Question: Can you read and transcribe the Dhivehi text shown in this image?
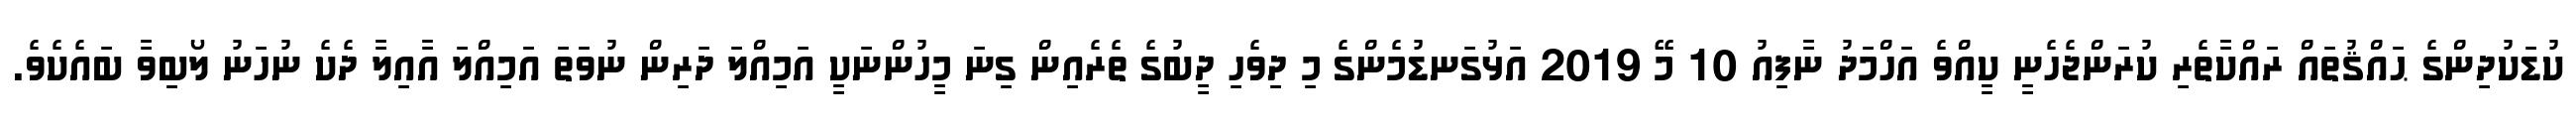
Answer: ކުޑަކުދިންގެ ޙައްޤުތައް ރައްކާތެރި ކުރަންޖެހެނީ ކީއްވެ އަހްމަދު ނާފިއު 10 މޭ 2019 އަޅުގަނޑުމެންގެ މި ދިވެހި ދީބުގެ ތެރެއިން ގިނަ މީހުންނަކީ އަމިއްލަ ދަރިން ނުވަތަ އަމިއްލަ އާއިލާ ދެކެ ނުހަނު ލޯބިވާ ބައެކެވެ.